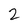
Character: 2